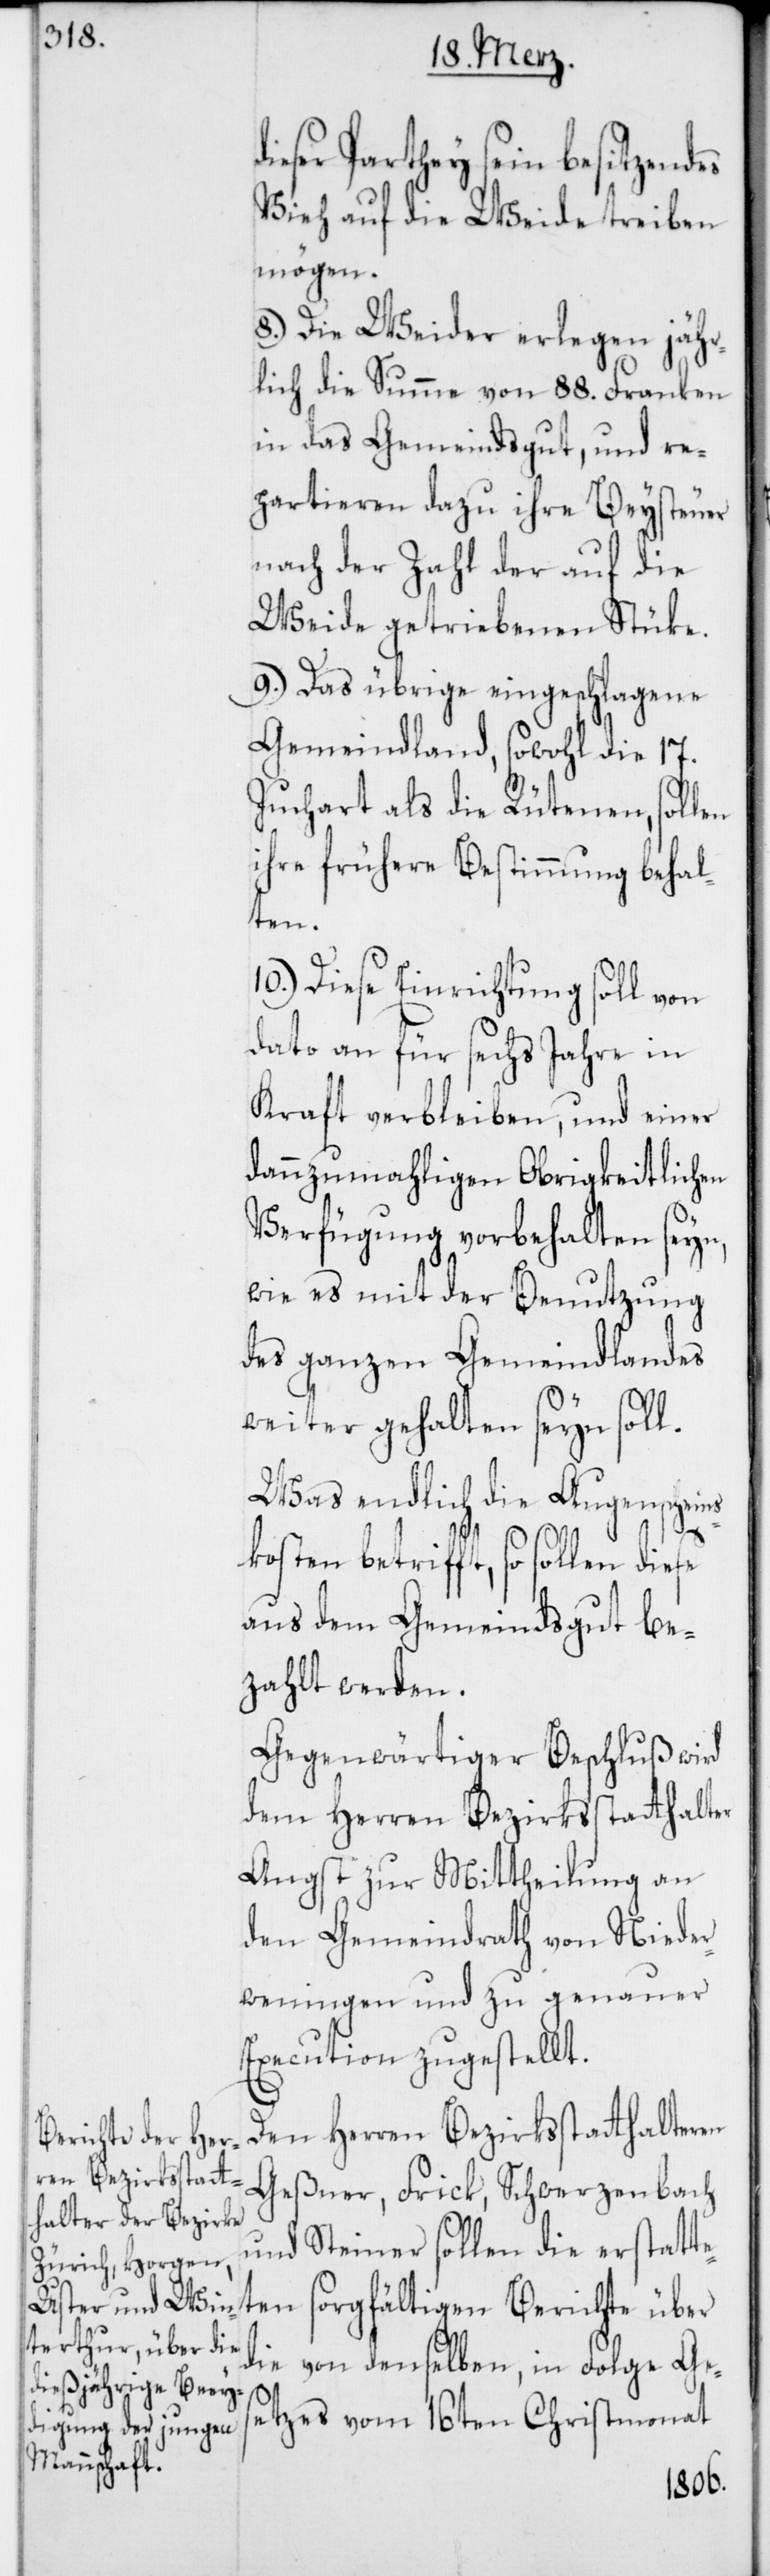
ieser Parthey sein besitzendes
Vieh auf die Weide treiben
mögen.
8.) Die Weider erlegen jähr¬
lich die Summe von 88. Franken
in das Gemeindgut, und re¬
partieren dazu ihre Beysteuer
nach der Zahl der auf die
Weide getriebenen Stüke.
9.) Das übrige eingeschlagene
Gemeindland, sowohl die 17.
Juchart als die Rütenen, sollen
ihre frühere Bestimmung behal¬
ten.
10.) Diese Einrichtung soll von
dato an für sechs Jahre in
Kraft verbleiben, und einer
dannzumahligen Obrigkeitlichen
Verfügung vorbehalten seyn,
wie es mit der Benutzung
des ganzen Gemeindlandes
weiter gehalten seyn soll.
Was endlich die Augenschein¬
e¬
skosten betrifft, so sollen diese
aus dem Gemeindsgut be¬
zahlt werden.
Gegenwärtiger Beschluß wird
dem Herren Bezirksstatthalter
Angst zur Mittheilung an
den Gemeindrath von Nieder¬
weningen und zu genauer
Execution zugestellt.
Den Herren Bezirksstatthalteren
Geßner, Frick, Schwerzenbach
und Steiner sollen die erstatt¬
ten sorgfältigen Berichte über
die von denselben, in Folge Ges¬
etzes vom 16ten Christmonat